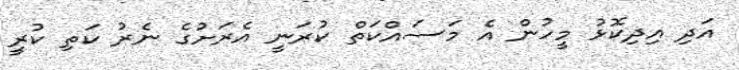
އަދި އިދިކޮޅު މީހުން އެ މަސައްކަތް ކުރަނީ އެރަށުގެ ނެރު ކަތި ކުރީ